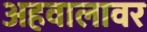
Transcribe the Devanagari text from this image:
अहवालावर